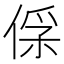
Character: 𠊻